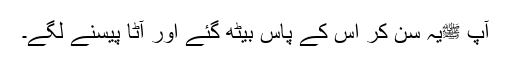
آپ ﷺیہ سن کر اس کے پاس بیٹھ گئے اور آٹا پیسنے لگے۔